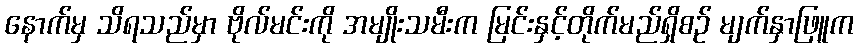
နောက်မှ သိရသည်မှာ ဗိုလ်မင်းကို အမျိုးသမီးက မြင်းနှင့်တိုက်မည်ရှိစဉ် မျက်နှာဖြူက